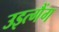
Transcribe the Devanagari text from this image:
उइत्गैंग